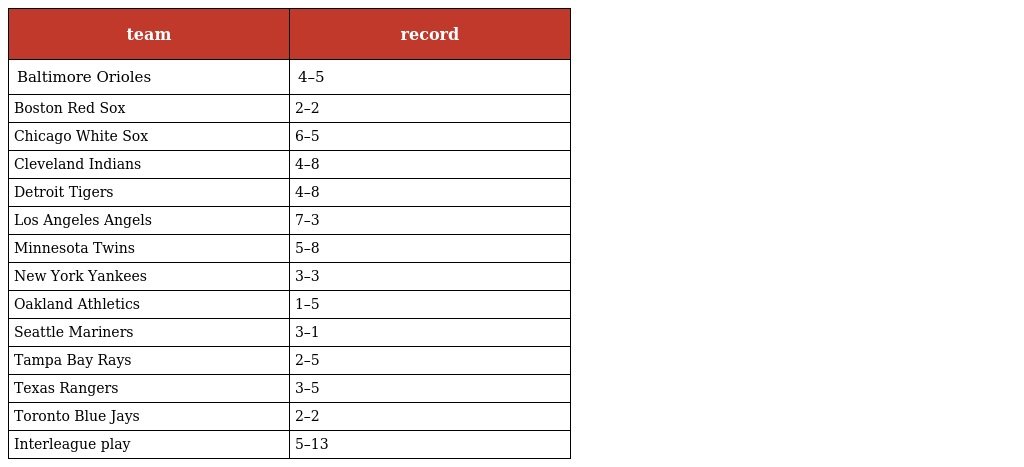
| team | record |
 | --- | --- |
 | Baltimore Orioles | 4–5 |
 | Boston Red Sox | 2–2 |
 | Chicago White Sox | 6–5 |
 | Cleveland Indians | 4–8 |
 | Detroit Tigers | 4–8 |
 | Los Angeles Angels | 7–3 |
 | Minnesota Twins | 5–8 |
 | New York Yankees | 3–3 |
 | Oakland Athletics | 1–5 |
 | Seattle Mariners | 3–1 |
 | Tampa Bay Rays | 2–5 |
 | Texas Rangers | 3–5 |
 | Toronto Blue Jays | 2–2 |
 | Interleague play | 5–13 |